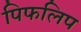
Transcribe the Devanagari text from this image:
पिफलिप